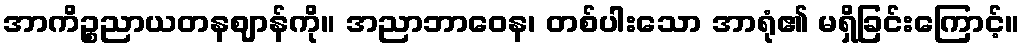
အာကိဉ္စညာယတနဈာန်ကို။ အညာဘာဝေန၊ တစ်ပါးသော အာရုံ၏ မရှိခြင်းကြောင့်။